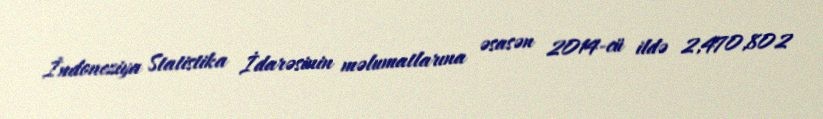
İndoneziya Statistika İdarəsinin məlumatlarına əsasən 2014-cü ildə 2,470,802